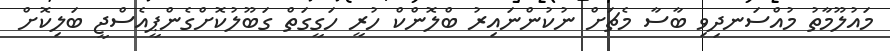
މައުލޫމާތު މުއްސަނދިވި ބާސާ މެޗަށް ނުކުންނައިރު ބްލޮންކް ހުރީ ހަގީގަތް ގަބޫލުކޮށްގެންޕީއެސްޖީ ބަލިކޮށް